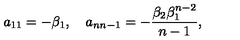
a _ { 1 1 } = - \beta _ { 1 } , \quad a _ { n n - 1 } = - \frac { \beta _ { 2 } \beta _ { 1 } ^ { n - 2 } } { n - 1 } ,